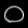
Digit: ၀